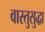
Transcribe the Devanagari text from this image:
वास्तुसुद्धा